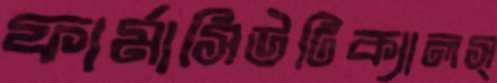
ফার্মাসিউটিক্যালস্